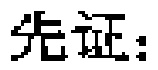
先证：